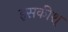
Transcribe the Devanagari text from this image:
इसकीश्